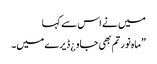
میں نے اس سے کہا
”ماہ نور تم بھی جاو ¿ ڈیرے میں۔